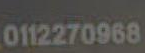
0112270968